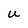
Character: U